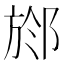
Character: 𣃶